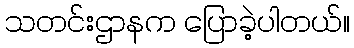
သတင်းဌာနက ပြောခဲ့ပါတယ်။